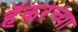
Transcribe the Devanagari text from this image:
हॅकरच्या